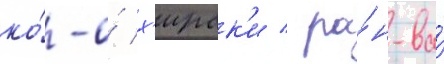
ко́-о́ х'ирак'и / ра́н-ва́